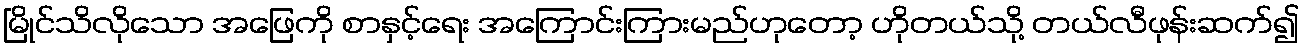
မြိုင်သိလိုသော အဖြေကို စာနှင့်ရေး အကြောင်းကြားမည်ဟုတော့ ဟိုတယ်သို့ တယ်လီဖုန်းဆက်၍